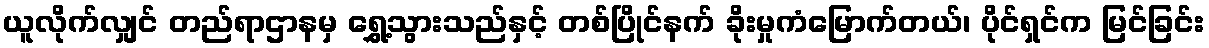
ယူလိုက်လျှင် တည်ရာဌာနမှ ရွှေ့သွားသည်နှင့် တစ်ပြိုင်နက် ခိုးမှုကံမြောက်တယ်၊ ပိုင်ရှင်က မြင်ခြင်း